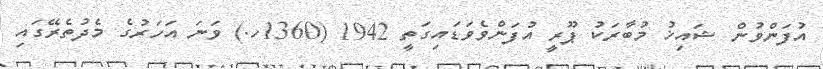
އުފަންވުން ޝައިޚު މުބާރަކު ޕޫރީ އުފަންވެވަޑައިގަތީ 1942 (1360ހ.) ވަނަ އަހަރުގެ މެދުތެރޭގައި